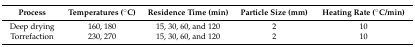
| Process | Temperatures (°C) | Residence Time (min) | Particle Size (mm) | Heating Rate (°C/min) |
 | --- | --- | --- | --- | --- |
 | Deep drying | 160, 180 | 15, 30, 60, and 120 | 2 | 10 |
 | Torrefaction | 230, 270 | 15, 30, 60, and 120 | 2 | 10 |